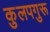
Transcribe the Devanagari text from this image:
कुलपगुरू